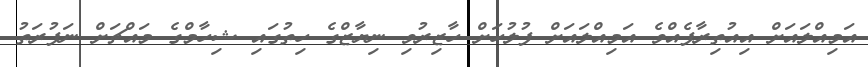
އަމިއްލައަށް އިއުތިރާފެއްވެ އަމިއްލައަށް ފުލުހަށް ހާޒިރުވި ނިޔާޒްގެ ހިތުގައި ޝިހާމްގެ މައްޗަށް ނަފުރަތު